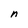
Character: n